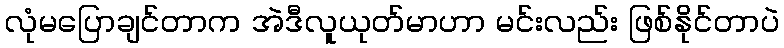
လုံမပြောချင်တာက အဲဒီလူယုတ်မာဟာ မင်းလည်း ဖြစ်နိုင်တာပဲ